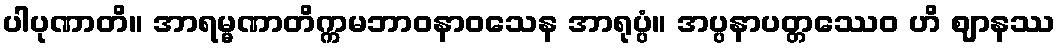
ပါပုဏာတိ။ အာရမ္မဏာတိက္ကမဘာဝနာဝသေန အာရုပ္ပံ။ အပ္ပနာပတ္တဿေဝ ဟိ ဈာနဿ